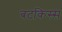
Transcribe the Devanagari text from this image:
बटकिस्स